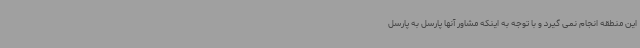
این منطقه انجام نمی گیرد و با توجه به اینکه مشاور آنها پارسل به پارسل